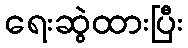
ရေးဆွဲထားပြီး